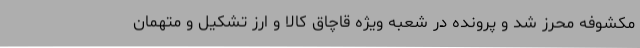
مکشوفه محرز شد و پرونده در شعبه ویژه قاچاق کالا و ارز تشکیل و متهمان